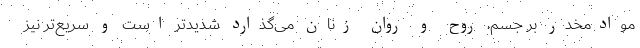
موادمخدر بر جسم، روح و روان زنان می‌گذارد شدیدتر است و سریع‌تر نیز